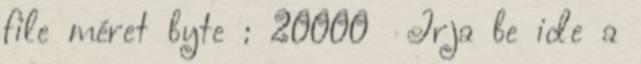
file méret byte : 20000 Írja be ide a